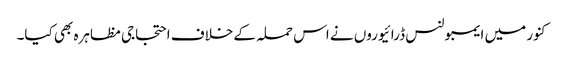
کنور میں ایمبولنس ڈرائیوروں نے اس حملہ کے خلاف احتجاجی مظاہرہ بھی کیا۔